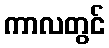
ကာလတွင်